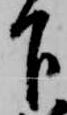
下